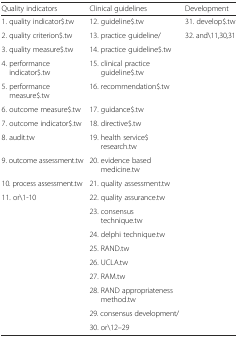
<table><thead><tr><td><b>Quality indicators</b></td><td><b>Clinical guidelines</b></td><td><b>Development</b></td></tr></thead><tbody><tr><td>1. quality indicator$.tw</td><td>12. guideline$.tw</td><td>31. develop$.tw</td></tr><tr><td>2. quality criterion$.tw</td><td>13. practice guideline/</td><td>32. and\11,30,31</td></tr><tr><td>3. quality measure$.tw</td><td>14. practice guideline$.tw</td><td></td></tr><tr><td>4. performance indicator$.tw</td><td>15. clinical practice guideline$.tw</td><td></td></tr><tr><td>5. performance measure$.tw</td><td>16. recommendation$.tw</td><td></td></tr><tr><td>6. outcome measure$.tw</td><td>17. guidance$.tw</td><td></td></tr><tr><td>7. outcome indicator$.tw</td><td>18. directive$.tw</td><td></td></tr><tr><td>8. audit.tw</td><td>19. health service$ research.tw</td><td></td></tr><tr><td>9. outcome assessment.tw</td><td>20. evidence based medicine.tw</td><td></td></tr><tr><td>10. process assessment.tw</td><td>21. quality assessment.tw</td><td></td></tr><tr><td>11. or\1-10</td><td>22. quality assurance.tw</td><td></td></tr><tr><td></td><td>23. consensus technique.tw</td><td></td></tr><tr><td></td><td>24. delphi technique.tw</td><td></td></tr><tr><td></td><td>25. RAND.tw</td><td></td></tr><tr><td></td><td>26. UCLA.tw</td><td></td></tr><tr><td></td><td>27. RAM.tw</td><td></td></tr><tr><td></td><td>28. RAND appropriateness method.tw</td><td></td></tr><tr><td></td><td>29. consensus development/</td><td></td></tr><tr><td></td><td>30. or\12–29</td><td></td></tr></tbody></table>